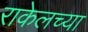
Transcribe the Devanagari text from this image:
राकेलच्या